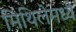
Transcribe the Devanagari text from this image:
मिथिलेमध्ये